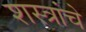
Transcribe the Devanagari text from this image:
शस्‍त्रांचे